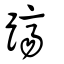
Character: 躋